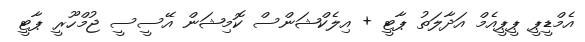
އެމްޑީޕީ ޕީޕީއެމް އަދާލަތު ޕާޓީ + އިލެކްޝަންސް ކޮމިޝަން އޭސީސީ ޖުމްހޫރީ ޕާޓީ